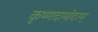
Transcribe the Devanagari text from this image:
कृष्णदामोदरम्